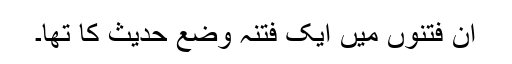
ان فتنوں میں ایک فتنہ وضع حدیث کا تھا۔